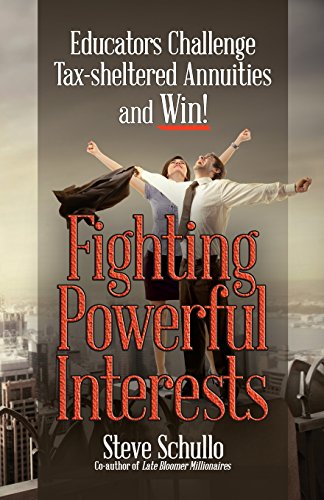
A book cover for Fighting Powerful Interests; Steve Schullo; Business & Money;